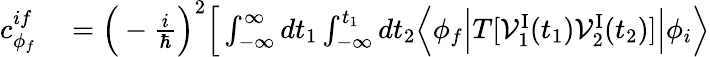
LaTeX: \begin{array}{rl}{c_{\phi_{f}}^{if}}&{{}=\Big(-\frac{i}{\hbar}\Big)^{2}\Big[\int_{-\infty}^{\infty}dt_{1}\int_{-\infty}^{t_{1}}dt_{2}\Big\langle\phi_{f}\Big\vert T[{\cal V}_{1}^{\mathrm{I}}(t_{1}){\cal V}_{2}^{\mathrm{I}}(t_{2})]\Big\vert\phi_{i}\Big\rangle}\end{array}